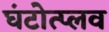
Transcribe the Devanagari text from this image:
घंटोत्प्लव